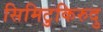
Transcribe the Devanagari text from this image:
सिमिटुकिरुदु